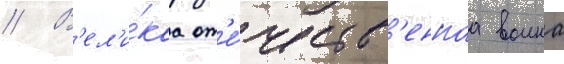
// В'ел'и́каа от'е́честв'еннаа воина